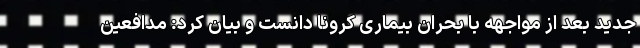
جدید بعد از مواجهه با بحران بیماری کرونا دانست و بیان کرد: مدافعین